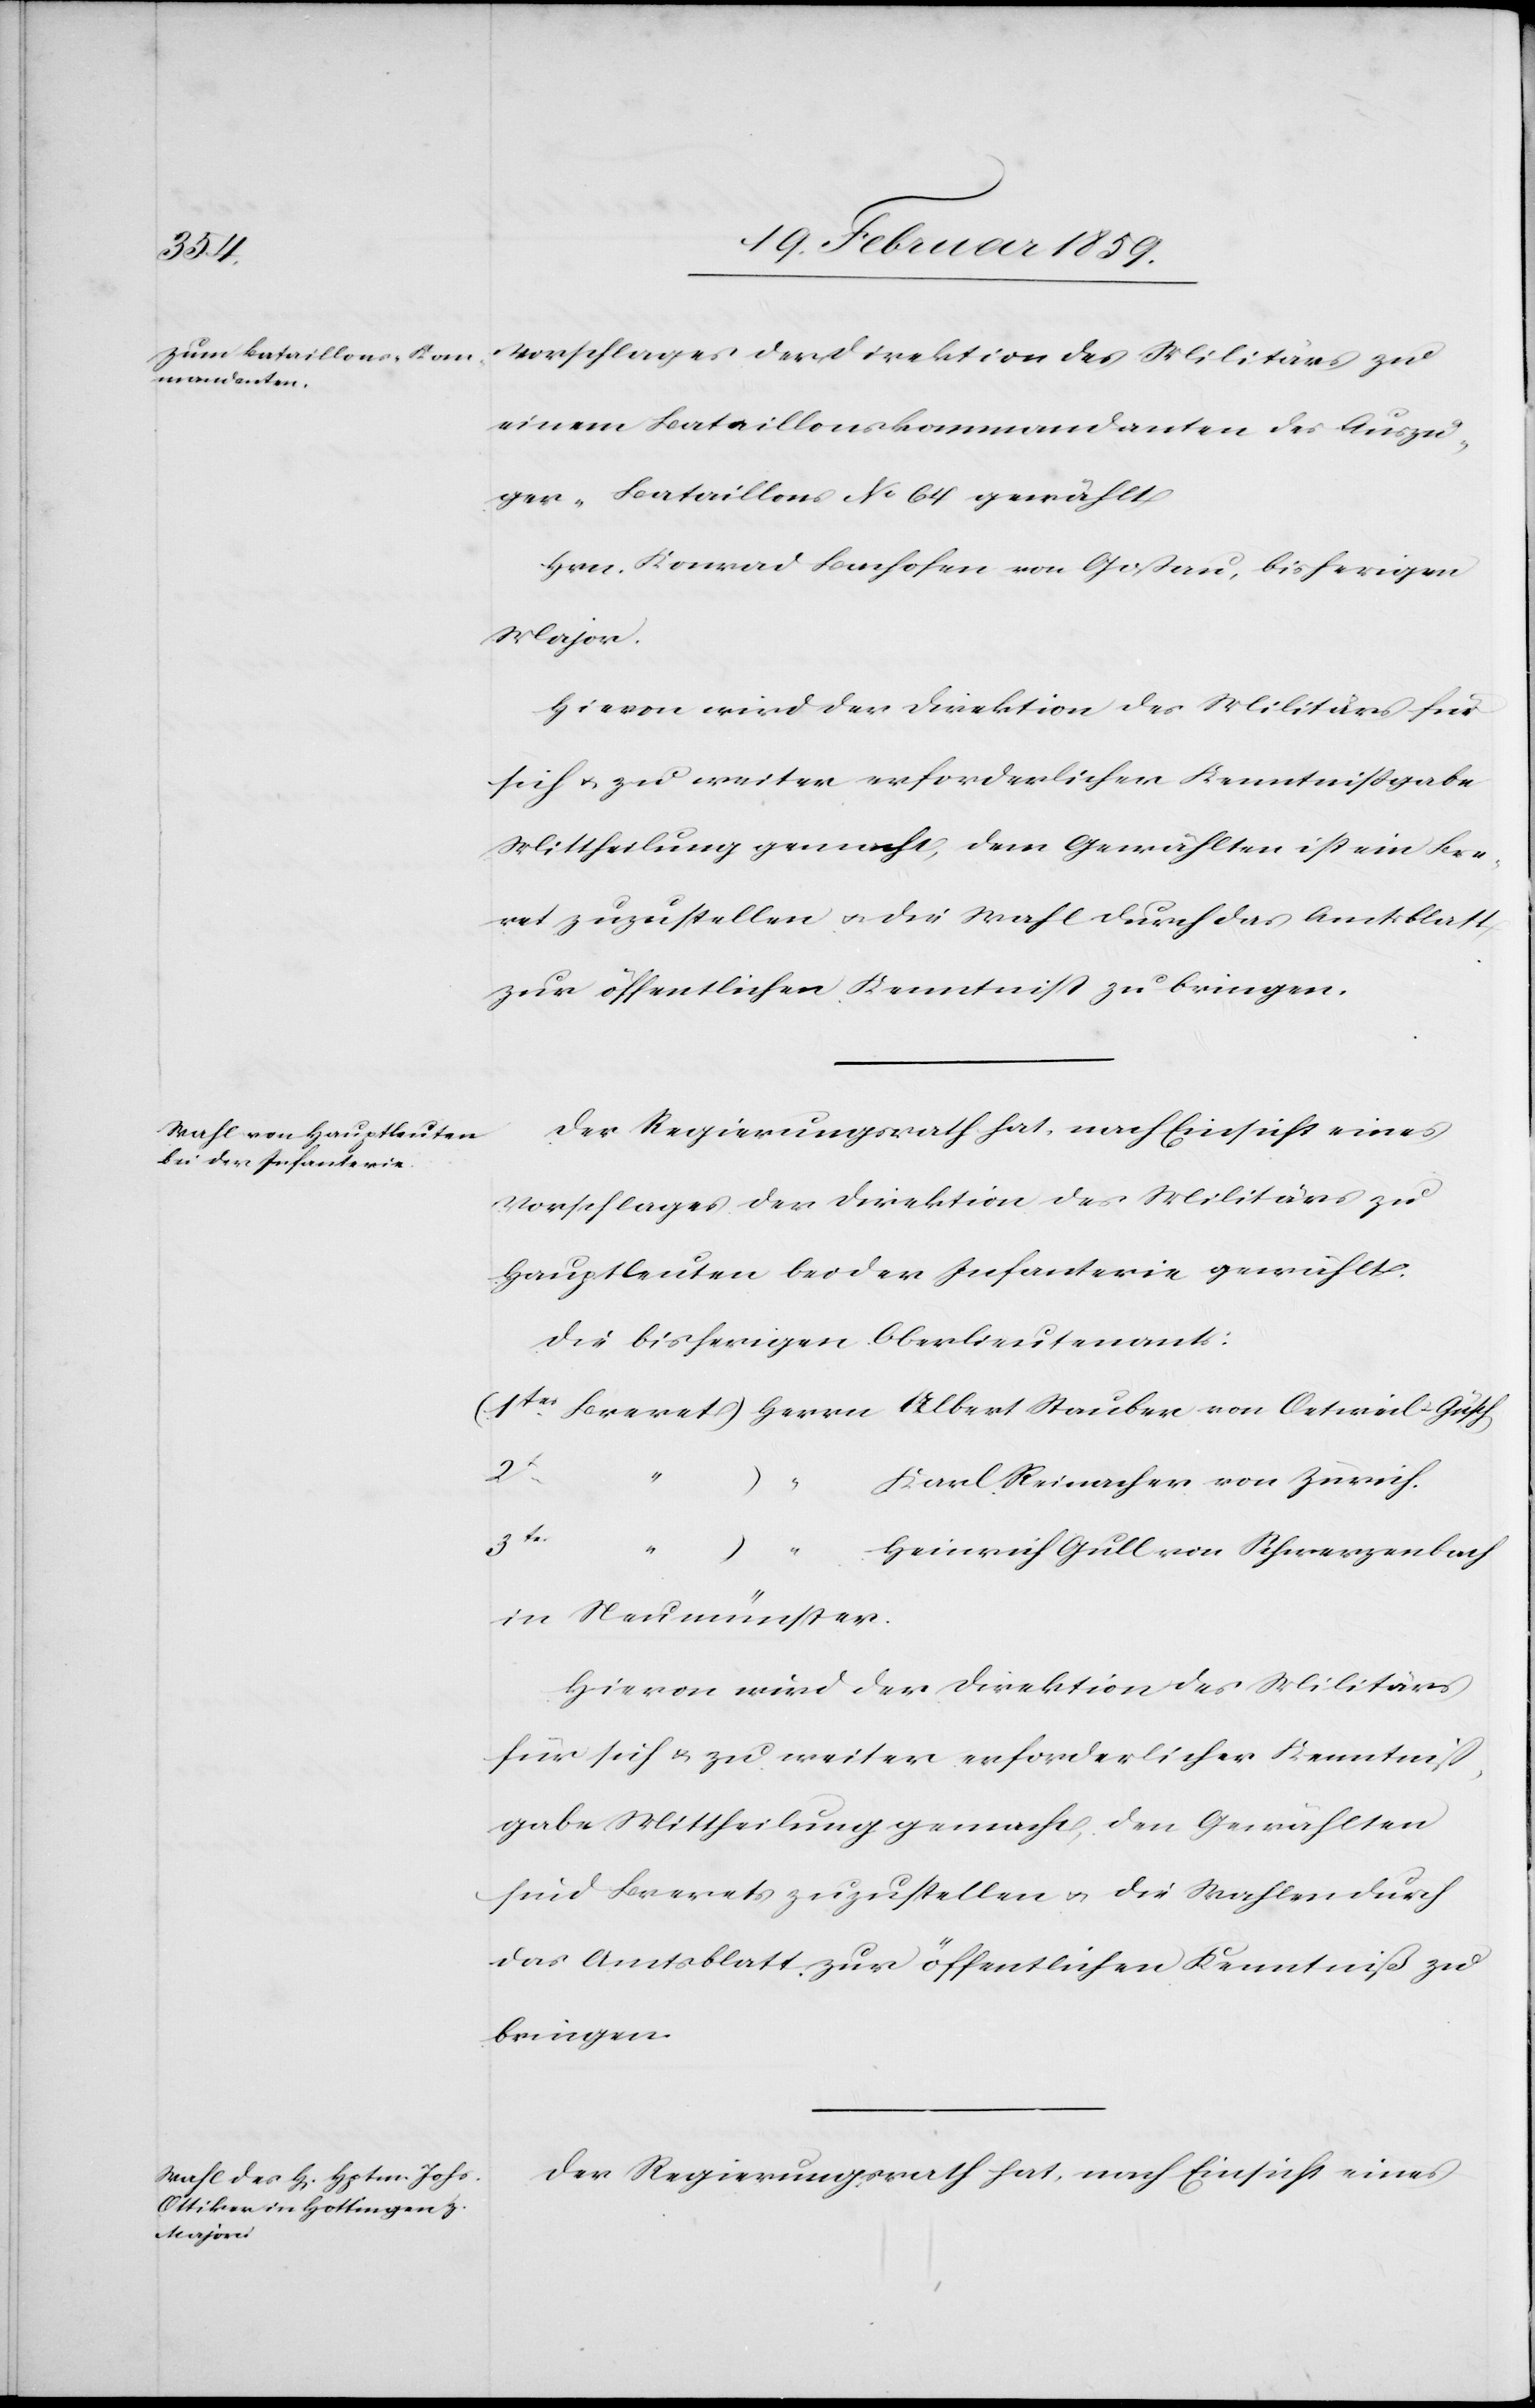
einem Bataillonskommandanten des Auszu¬
ger-Bataillons No 64 gewählt
Hrn. Konrad Bachofen von Goßau, bisheriger
Major.
Hievon wird der Direktion des Militärs für
sich u. zu weiter erforderlicher Kenntnißgabe
Mittheilung gemacht, dem Gewählten ist ein Bre¬
vet zuzustellen u. die Wahl durch das Amtsblatt
zur öffentlichen Kenntniß zu bringen.
Der Regierungsrath hat, nach Einsicht eines
Vorschlages der Direktion des Militärs zu
Hauptleuten bei der Infanterie gewählt.
Die bisherigen Oberlieutenants:
2t
Karl Reinacher von Zürich
3tes
Heinrich Gull von Schwerzenbach
in Neumünster.
Hievon wird der Direktion des Militärs
für sich & zu weiter erforderlicher Kenntniß¬
gabe Mittheilung gemacht, den Gewählten
sind Brevets zuzustellen u. die Wahlen durch
das Amtsblatt zur öffentlichen Kenntniß zu
bringen.
Der Regierungsrath hat, nach Einsicht eines